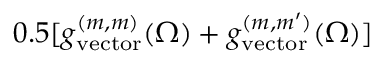
0 . 5 [ g _ { \mathrm { v e c t o r } } ^ { ( m , m ) } ( \Omega ) + g _ { \mathrm { v e c t o r } } ^ { ( m , m ^ { \prime } ) } ( \Omega ) ]